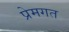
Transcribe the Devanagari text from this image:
प्रेमगत